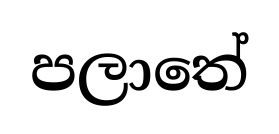
පලාතේ